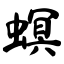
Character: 螟